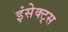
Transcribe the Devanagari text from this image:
इंसेक्ट्स